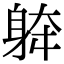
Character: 𨉀